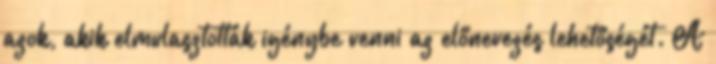
azok, akik elmulasztották igénybe venni az előnevezés lehetőségét. A